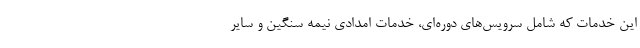
این خدمات که شامل سرویس‌های دوره‌ای، خدمات امدادی نیمه سنگین و سایر